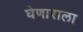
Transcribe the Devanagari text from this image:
घेणाराला